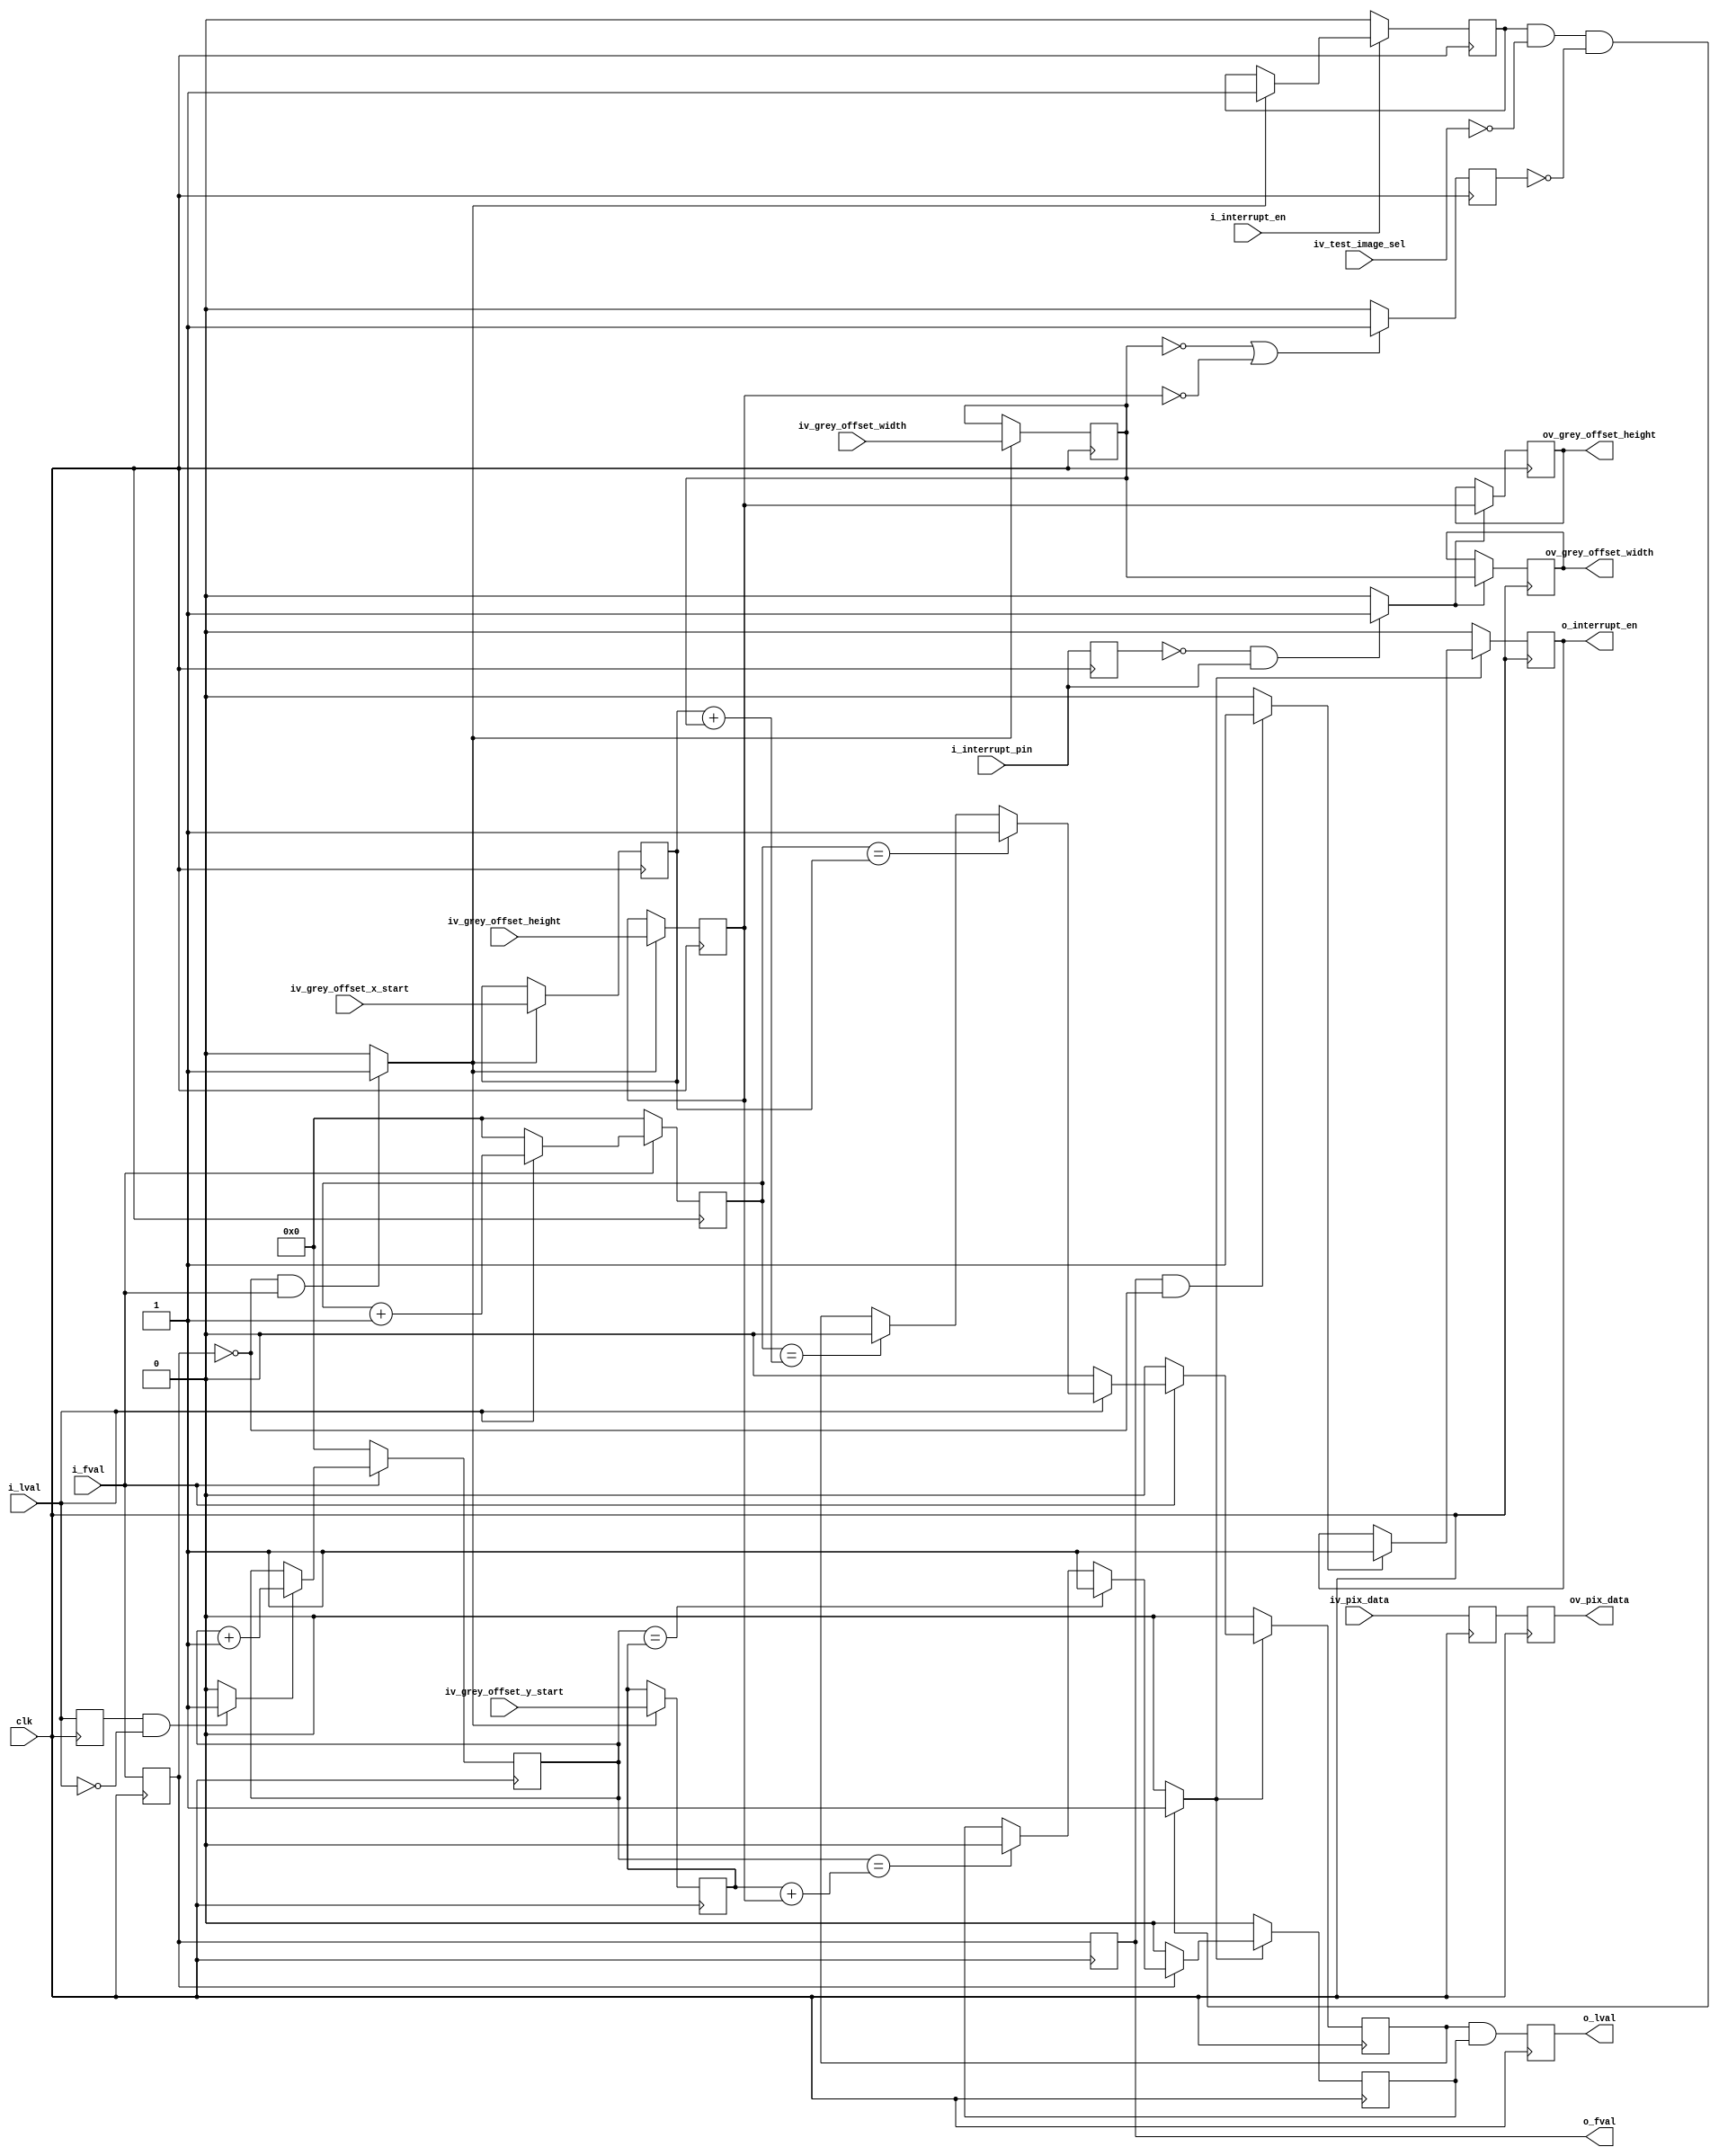
//-------------------------------------------------------------------------------------------------
//  --    : , 2010 -2015.
//  --      .
//  --          : FPGA
//  --        : grey_aoi_sel
//  --        : 
//-------------------------------------------------------------------------------------------------
//
//  --  :
//
//  --          :| 				:|  
//-------------------------------------------------------------------------------------------------
//  --        :| 2015/3/18 15:21:40	:|  
//-------------------------------------------------------------------------------------------------
//
//  --      :  
//              1)  : aoi 
//
//              2)  : 
//
//              3)  : ... ...
//
//-------------------------------------------------------------------------------------------------
///
`timescale 1ns/1ps
//-------------------------------------------------------------------------------------------------

module grey_aoi_sel # (
	parameter						SENSOR_DAT_WIDTH	= 10	,	//sensor 
	parameter						GREY_OFFSET_WIDTH	= 12		//
	)
	(
	//Sensor
	input								clk						,	//
	input								i_fval					,	//
	input								i_lval					,	//
	input	[SENSOR_DAT_WIDTH-1:0]		iv_pix_data				,	//
	//
	input								i_interrupt_en			,	//2A2AFPGA2A
	input	[2:0]						iv_test_image_sel		,	//,000:,001:1,110:2,010:3
	input	[GREY_OFFSET_WIDTH-1:0]		iv_grey_offset_x_start	,	//xROI
	input	[GREY_OFFSET_WIDTH-1:0]		iv_grey_offset_width	,	//
	input	[GREY_OFFSET_WIDTH-1:0]		iv_grey_offset_y_start	,	//yROI
	input	[GREY_OFFSET_WIDTH-1:0]		iv_grey_offset_height	,	//
	output	[GREY_OFFSET_WIDTH-1:0]		ov_grey_offset_width	,	//
	output	[GREY_OFFSET_WIDTH-1:0]		ov_grey_offset_height	,	//
	//
	output								o_interrupt_en			,	//=0o_interrupt_en=0i_fvalo_interrupt_en=1
	input								i_interrupt_pin			,	//1-
	output								o_fval					,	//
	output								o_lval					,	//
	output	[SENSOR_DAT_WIDTH-1:0]		ov_pix_data					//
	);

	//	ref signals
	reg									lval_dly0				= 1'b0;
	reg									lval_reg				= 1'b0;
	wire								lval_fall				;
	reg									fval_dly0				= 1'b0;
	reg									fval_dly1				= 1'b0;
	wire								fval_rise				;
	wire								fval_fall				;
	reg									int_pin_dly				= 1'b0;
	wire								int_pin_rise			;
	reg									interrupt_en_int		= 1'b0;
	reg									int_reg					= 1'b0;
	wire								aoi_enable				;
	reg									width_height_0			= 1'b0;
	reg		[GREY_OFFSET_WIDTH-1:0]		grey_offset_x_start_reg	= {GREY_OFFSET_WIDTH{1'b0}};
	//	reg		[GREY_OFFSET_WIDTH-1:0]		grey_offset_x_end_reg	= {GREY_OFFSET_WIDTH{1'b0}};
	reg		[GREY_OFFSET_WIDTH-1:0]		grey_offset_width_reg	= {GREY_OFFSET_WIDTH{1'b0}};
	reg		[GREY_OFFSET_WIDTH-1:0]		grey_offset_y_start_reg	= {GREY_OFFSET_WIDTH{1'b0}};
	//	reg		[GREY_OFFSET_WIDTH-1:0]		grey_offset_y_end_reg	= {GREY_OFFSET_WIDTH{1'b0}};
	reg		[GREY_OFFSET_WIDTH-1:0]		grey_offset_height_reg	= {GREY_OFFSET_WIDTH{1'b0}};
	reg		[GREY_OFFSET_WIDTH-1:0]		grey_offset_width_latch	= {GREY_OFFSET_WIDTH{1'b0}};
	reg		[GREY_OFFSET_WIDTH-1:0]		grey_offset_height_latch= {GREY_OFFSET_WIDTH{1'b0}};
	reg		[GREY_OFFSET_WIDTH-1:0]		line_cnt				= {GREY_OFFSET_WIDTH{1'b0}};
	reg		[GREY_OFFSET_WIDTH-1:0]		pix_cnt					= {GREY_OFFSET_WIDTH{1'b0}};
	reg									x_enable				= 1'b0;
	reg									y_enable				= 1'b0;
	reg		[SENSOR_DAT_WIDTH-1:0]		pix_data_dly0			= {SENSOR_DAT_WIDTH{1'b0}};
	reg		[SENSOR_DAT_WIDTH-1:0]		pix_data_dly1			= {SENSOR_DAT_WIDTH{1'b0}};


	//	ref ARCHITECTURE

	//  ===============================================================================================
	//	ref *** ***
	//  ===============================================================================================
	//  -------------------------------------------------------------------------------------
	//	
	//  -------------------------------------------------------------------------------------
	always @ (posedge clk) begin
		lval_dly0	<= i_lval;
	end
	assign	lval_fall	= (lval_dly0==1'b1 && i_lval==1'b0) ? 1'b1 : 1'b0;

	//  -------------------------------------------------------------------------------------
	//	
	//  -------------------------------------------------------------------------------------
	always @ (posedge clk) begin
		fval_dly0	<= i_fval;
		fval_dly1	<= fval_dly0;
	end
	assign	fval_rise	= (fval_dly0==1'b0 && i_fval==1'b1) ? 1'b1 : 1'b0;
	assign	fval_fall	= (fval_dly1==1'b1 && fval_dly0==1'b0) ? 1'b1 : 1'b0;

	//  -------------------------------------------------------------------------------------
	//	
	//  -------------------------------------------------------------------------------------
	always @ (posedge clk) begin
		int_pin_dly	<= i_interrupt_pin;
	end
	assign	int_pin_rise	= (int_pin_dly==1'b0 && i_interrupt_pin==1'b1) ? 1'b1 : 1'b0;

	//  ===============================================================================================
	//	ref ******
	//  ===============================================================================================
	//  -------------------------------------------------------------------------------------
	//	-- ref aoi 
	//  -------------------------------------------------------------------------------------
	//  -------------------------------------------------------------------------------------
	//	interrupt_en_int 
	//	1.
	//	2.fval
	//  -------------------------------------------------------------------------------------
	always @ (posedge clk) begin
		if(!i_interrupt_en) begin
			interrupt_en_int	<= 1'b0;
		end
		else if(fval_rise) begin
			interrupt_en_int	<= i_interrupt_en;
		end
	end

	//  -------------------------------------------------------------------------------------
	//	00
	//  -------------------------------------------------------------------------------------
	always @ (posedge clk) begin
		if(grey_offset_width_reg=={GREY_OFFSET_WIDTH{1'b0}} || grey_offset_height_reg=={GREY_OFFSET_WIDTH{1'b0}}) begin
			width_height_0	<= 1'b1;
		end
		else begin
			width_height_0	<= 1'b0;
		end
	end
	
	//  -------------------------------------------------------------------------------------
	//	aoi  
	//	1.=1  aoi
	//	2.
	//	3.0
	//  -------------------------------------------------------------------------------------
	assign	aoi_enable	= (interrupt_en_int==1'b1 && iv_test_image_sel==3'b000 && width_height_0==1'b0) ? 1'b1 : 1'b0;

	//  -------------------------------------------------------------------------------------
	//	-- ref 
	//  -------------------------------------------------------------------------------------
	//  -------------------------------------------------------------------------------------
	//	
	//	1.2
	//	2.2if.
	//		----synplifystatis64bitif
	//	3.
	//  -------------------------------------------------------------------------------------
	always @ (posedge clk) begin
		if(fval_rise) begin
			grey_offset_x_start_reg	<= iv_grey_offset_x_start;
			grey_offset_width_reg	<= iv_grey_offset_width;
			grey_offset_y_start_reg	<= iv_grey_offset_y_start;
			grey_offset_height_reg	<= iv_grey_offset_height;
			//			grey_offset_x_end_reg	<= iv_grey_offset_x_start + iv_grey_offset_width;
			//			grey_offset_y_end_reg	<= iv_grey_offset_y_start + iv_grey_offset_height;
		end
	end

	//  -------------------------------------------------------------------------------------
	//	
	//  -------------------------------------------------------------------------------------
	always @ (posedge clk) begin
		if(int_pin_rise) begin
			grey_offset_width_latch	<= grey_offset_width_reg;
			grey_offset_height_latch<= grey_offset_height_reg;
		end
	end
	assign	ov_grey_offset_width	= grey_offset_width_latch;
	assign	ov_grey_offset_height	= grey_offset_height_latch;

	//  -------------------------------------------------------------------------------------
	//	int_reg 
	//	1.aoi_enable=0o_interrupt_en0
	//	2.aoi_enable=1fvalaoi_enable
	//	--2.1aoi_enable=1o_interrupt_en1
	//	--2.2aoi_enable=0o_interrupt_en0
	//  -------------------------------------------------------------------------------------
	always @ (posedge clk) begin
		if(!aoi_enable) begin
			int_reg	<= 1'b0;
		end
		else begin
			if(fval_fall) begin
				int_reg	<= aoi_enable;
			end
		end
	end
	assign	o_interrupt_en	= int_reg;

	//  ===============================================================================================
	//	ref ***x y ***
	//  ===============================================================================================
	//  -------------------------------------------------------------------------------------
	//	--ref 
	//  -------------------------------------------------------------------------------------
	//  -------------------------------------------------------------------------------------
	//	
	//	1.=0
	//	2.=1
	//  -------------------------------------------------------------------------------------
	always @ (posedge clk) begin
		if(!i_fval) begin
			line_cnt	<= {GREY_OFFSET_WIDTH{1'b0}};
		end
		else begin
			if(lval_fall) begin
				line_cnt	<= line_cnt + 1'b1;
			end
		end
	end

	//  -------------------------------------------------------------------------------------
	//	
	//	1.=0
	//	2.=1
	//	--2.1=0
	//	--2.2=1
	//  -------------------------------------------------------------------------------------
	always @ (posedge clk) begin
		if(!i_fval) begin
			pix_cnt	<= {GREY_OFFSET_WIDTH{1'b0}};
		end
		else begin
			if(!i_lval) begin
				pix_cnt	<= {GREY_OFFSET_WIDTH{1'b0}};
			end
			else begin
				pix_cnt	<= pix_cnt + 1'b1;
			end
		end
	end

	//  -------------------------------------------------------------------------------------
	//	--ref x_enable 
	//	1.AOI=0x_enable
	//	2.AOI=1fval=1pix_cnt=xx_enable=1
	//	3.AOI=1fval=1pix_cnt=xx_enable=0
	//	4.AOI=1fval=0x_enable
	//	5.fvalfval
	//	6.end<startx_enable
	//	7.fval_dly0aoi_enablefval_dly0
	//  -------------------------------------------------------------------------------------
	always @ (posedge clk) begin
		if(!aoi_enable) begin
			x_enable	<= 1'b0;
		end
		else begin
			if(i_fval) begin
				if(i_lval) begin
					if(pix_cnt==grey_offset_x_start_reg) begin
						x_enable	<= 1'b1;
					end
					else if(pix_cnt==(grey_offset_x_start_reg+grey_offset_width_reg)) begin
						x_enable	<= 1'b0;
					end
				end
				else begin
					x_enable	<= 1'b0;
				end
			end
			else begin
				x_enable	<= 1'b0;
			end
		end
	end

	//  -------------------------------------------------------------------------------------
	//	--ref y_enable 
	//	1.AOI=0y_enable
	//	2.AOI=1fval=1line_cnt=yy_enable=1
	//	3.AOI=1fval=1line_cnt=yy_enable=0
	//	4.AOI=1fval=0y_enable
	//	5.fvalfval
	//	6.end<starty_enable
	//	7.fval_dly0aoi_enablefval_dly0
	//  -------------------------------------------------------------------------------------
	always @ (posedge clk) begin
		if(!aoi_enable) begin
			y_enable	<= 1'b0;
		end
		else begin
			if(fval_dly0) begin
				if(line_cnt==grey_offset_y_start_reg) begin
					y_enable	<= 1'b1;
				end
				else if(line_cnt==(grey_offset_y_start_reg+grey_offset_height_reg)) begin
					y_enable	<= 1'b0;
				end
			end
			else begin
				y_enable	<= 1'b0;
			end
		end
	end

	//  ===============================================================================================
	//	ref ******
	//  ===============================================================================================
	//  -------------------------------------------------------------------------------------
	//	lval 2
	//  -------------------------------------------------------------------------------------
	always @ (posedge clk) begin
		lval_reg	<= x_enable&y_enable;
	end
	assign	o_lval	= lval_reg;
	assign	o_fval	= fval_dly1;

	//  -------------------------------------------------------------------------------------
	//	lval2
	//	1.LUT SRL
	//  -------------------------------------------------------------------------------------
	always @ (posedge clk) begin
		pix_data_dly0	<= iv_pix_data;
		pix_data_dly1	<= pix_data_dly0;
	end
	assign	ov_pix_data	= pix_data_dly1;


endmodule